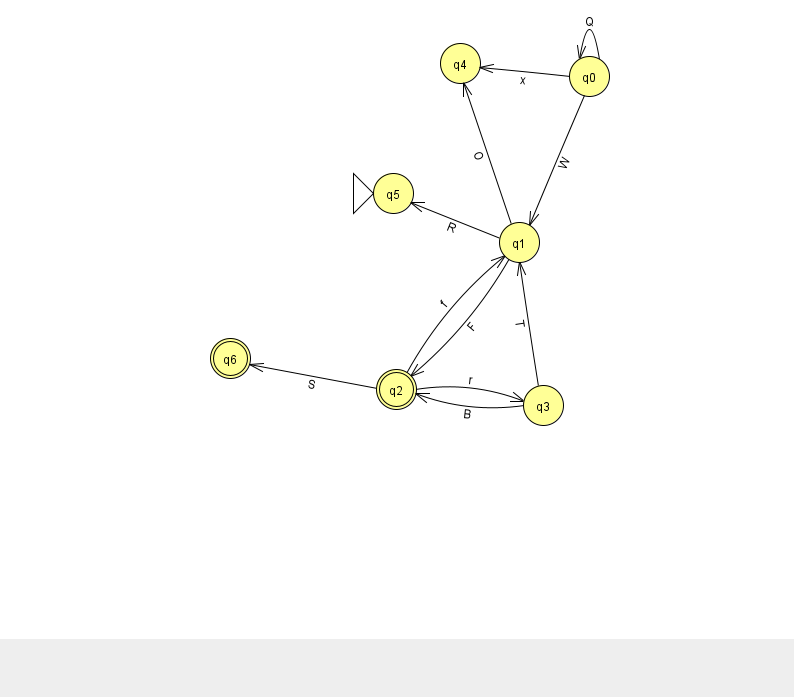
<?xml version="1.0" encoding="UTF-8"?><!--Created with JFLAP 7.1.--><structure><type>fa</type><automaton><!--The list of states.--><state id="0" name="q0"><x>589.0</x><y>63.0</y></state><state id="1" name="q1"><x>519.0</x><y>229.0</y></state><state id="2" name="q2"><x>396.0</x><y>376.0</y><final/></state><state id="3" name="q3"><x>543.0</x><y>392.0</y></state><state id="4" name="q4"><x>460.0</x><y>50.0</y></state><state id="5" name="q5"><x>393.0</x><y>180.0</y><initial/></state><state id="6" name="q6"><x>230.0</x><y>345.0</y><final/></state><!--The list of transitions.--><transition><from>0</from><to>0</to><read>Q</read></transition><transition><from>1</from><to>2</to><read>F</read></transition><transition><from>2</from><to>1</to><read>f</read></transition><transition><from>0</from><to>1</to><read>W</read></transition><transition><from>3</from><to>1</to><read>T</read></transition><transition><from>2</from><to>3</to><read>r</read></transition><transition><from>3</from><to>2</to><read>B</read></transition><transition><from>2</from><to>6</to><read>S</read></transition><transition><from>1</from><to>5</to><read>R</read></transition><transition><from>0</from><to>4</to><read>x</read></transition><transition><from>1</from><to>4</to><read>O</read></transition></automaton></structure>